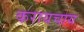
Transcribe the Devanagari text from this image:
करायचाय